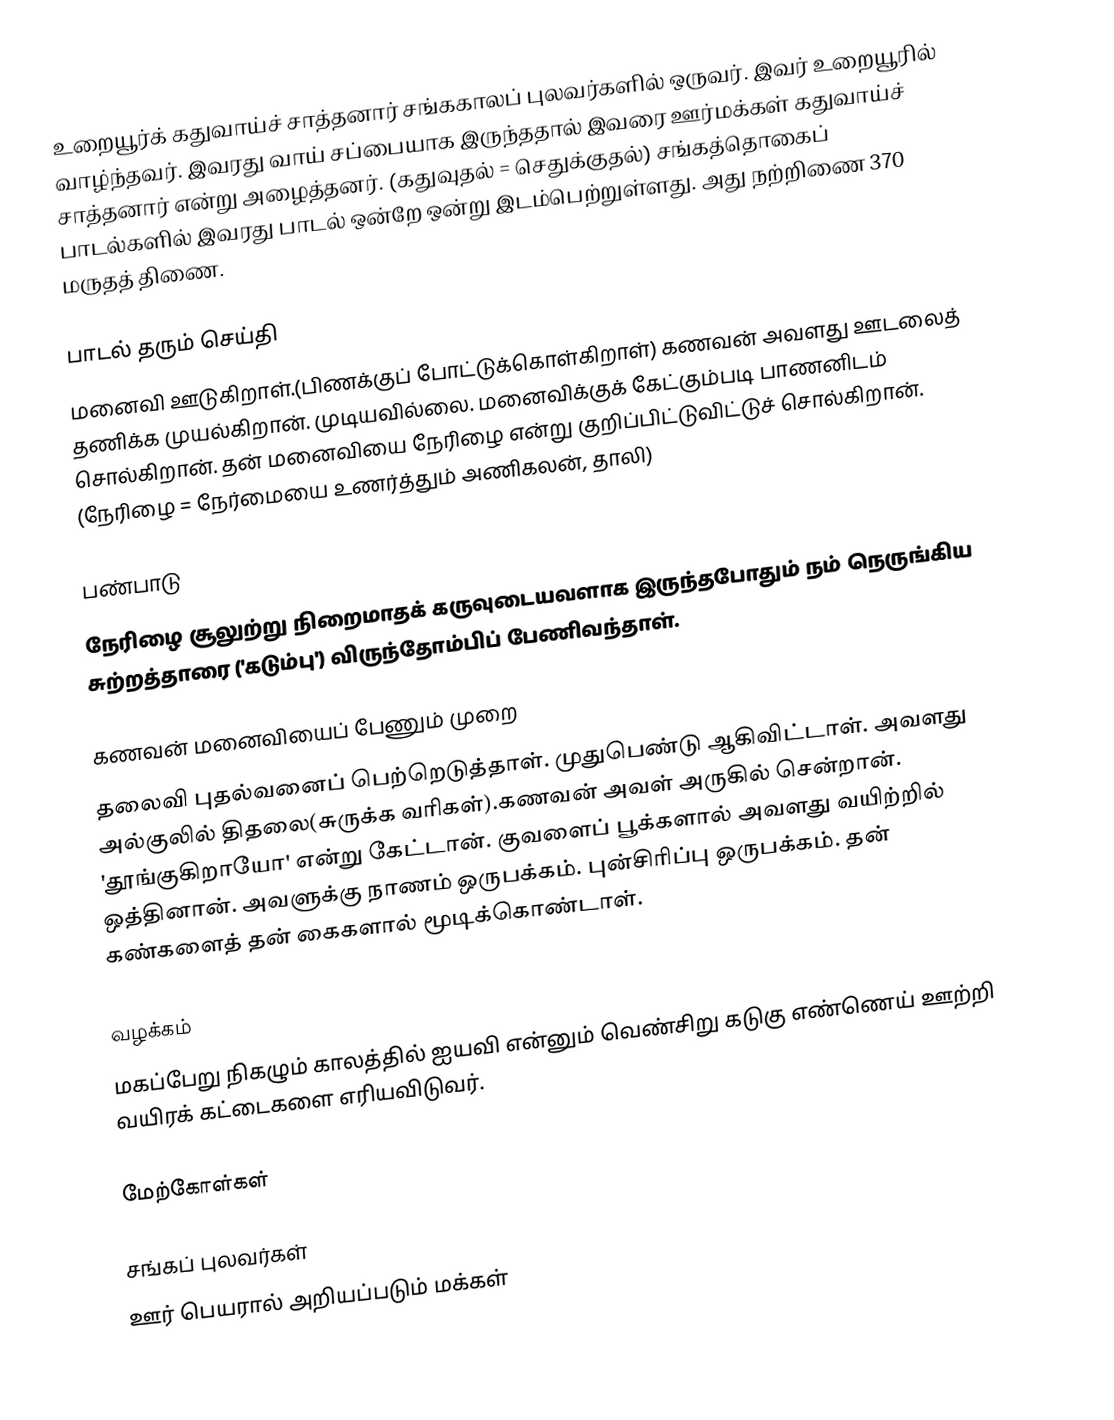
உறையூர்க் கதுவாய்ச் சாத்தனார் சங்ககாலப் புலவர்களில் ஒருவர். இவர் உறையூரில் வாழ்ந்தவர். இவரது வாய் சப்பையாக இருந்ததால் இவரை ஊர்மக்கள் கதுவாய்ச் சாத்தனார் என்று அழைத்தனர். (கதுவுதல் = செதுக்குதல்) சங்கத்தொகைப் பாடல்களில் இவரது பாடல் ஒன்றே ஒன்று இடம்பெற்றுள்ளது. அது நற்றிணை 370 மருதத் திணை.

பாடல் தரும் செய்தி
மனைவி ஊடுகிறாள்.(பிணக்குப் போட்டுக்கொள்கிறாள்) கணவன் அவளது ஊடலைத் தணிக்க முயல்கிறான். முடியவில்லை. மனைவிக்குக் கேட்கும்படி பாணனிடம் சொல்கிறான். தன் மனைவியை நேரிழை என்று குறிப்பிட்டுவிட்டுச் சொல்கிறான். (நேரிழை = நேர்மையை உணர்த்தும் அணிகலன், தாலி)

பண்பாடு
நேரிழை சூலுற்று நிறைமாதக் கருவுடையவளாக இருந்தபோதும் நம் நெருங்கிய சுற்றத்தாரை ('கடும்பு') விருந்தோம்பிப் பேணிவந்தாள்.

கணவன் மனைவியைப் பேணும் முறை
தலைவி புதல்வனைப் பெற்றெடுத்தாள். முதுபெண்டு ஆகிவிட்டாள். அவளது அல்குலில் திதலை(சுருக்க வரிகள்).கணவன் அவள் அருகில் சென்றான். 'தூங்குகிறாயோ' என்று கேட்டான். குவளைப் பூக்களால் அவளது வயிற்றில் ஒத்தினான். அவளுக்கு நாணம் ஒருபக்கம். புன்சிரிப்பு ஒருபக்கம். தன் கண்களைத் தன் கைகளால் மூடிக்கொண்டாள்.

வழக்கம்
மகப்பேறு நிகழும் காலத்தில் ஐயவி என்னும் வெண்சிறு கடுகு எண்ணெய் ஊற்றி வயிரக் கட்டைகளை எரியவிடுவர்.

மேற்கோள்கள்

சங்கப் புலவர்கள்
ஊர் பெயரால் அறியப்படும் மக்கள்